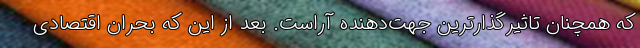
که همچنان تاثیرگذارترین جهت‌دهنده آراست. بعد از این که بحران اقتصادی